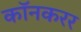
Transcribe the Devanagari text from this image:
कॉनकरर